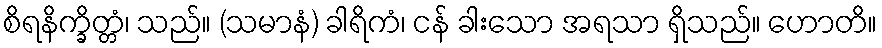
စိရနိက္ခိတ္တံ၊ သည်။ (သမာနံ) ခါရိကံ၊ ငန် ခါးသော အရသာ ရှိသည်။ ဟောတိ။